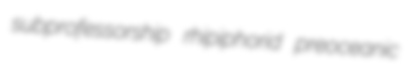
subprofessorship rhipiphorid preoceanic